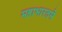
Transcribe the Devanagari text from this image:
महाभारतमे